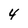
Character: 4